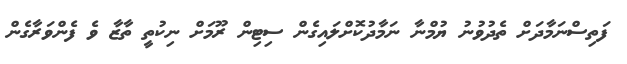
ފަތިސްނަމާދަށް ތެދުވުނު ޔުމްނާ ނަމާދުކޮށްލައިގެން ސިޓިން ރޫމަށް ނިކުތީ ތާޒާ ވެ ފެންވަރާގެން